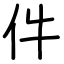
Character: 件